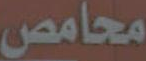
محامص